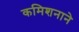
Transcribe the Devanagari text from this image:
कमिशनाने